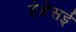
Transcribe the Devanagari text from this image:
हेब्रेसई